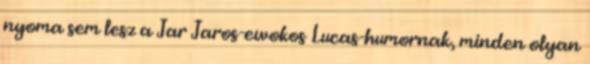
nyoma sem lesz a Jar Jaros-ewokos Lucas-humornak, minden olyan